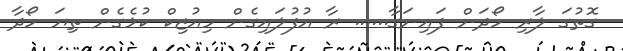
ގޮތުގަ ލާރި ހޯދަން ފައިނަގާ...... ރާ އުފުލައިގެން މިއުޒިކް ކުޅެގެން ތިޔަ ހޯދާ